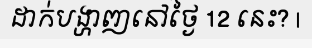
ដាក់បង្ហាញនៅថ្ងៃ 12 នេះ? |